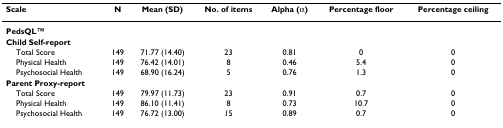
<table><thead><tr><td><b>Scale</b></td><td><b>N</b></td><td><b>Mean (SD)</b></td><td><b>No. of items</b></td><td><b>Alpha (α)</b></td><td><b>Percentage floor</b></td><td><b>Percentage ceiling</b></td></tr></thead><tbody><tr><td colspan="7"><b>PedsQLTM</b></td></tr><tr><td colspan="7"><b>Child Self-report</b></td></tr><tr><td> Total Score</td><td>149</td><td>71.77 (14.40)</td><td>23</td><td>0.81</td><td>0</td><td>0</td></tr><tr><td> Physical Health</td><td>149</td><td>76.42 (14.01)</td><td>8</td><td>0.46</td><td>5.4</td><td>0</td></tr><tr><td> Psychosocial Health</td><td>149</td><td>68.90 (16.24)</td><td>5</td><td>0.76</td><td>1.3</td><td>0</td></tr><tr><td colspan="7"><b>Parent Proxy-report</b></td></tr><tr><td> Total Score</td><td>149</td><td>79.97 (11.73)</td><td>23</td><td>0.91</td><td>0.7</td><td>0</td></tr><tr><td> Physical Health</td><td>149</td><td>86.10 (11.41)</td><td>8</td><td>0.73</td><td>10.7</td><td>0</td></tr><tr><td> Psychosocial Health</td><td>149</td><td>76.72 (13.00)</td><td>15</td><td>0.89</td><td>0.7</td><td>0</td></tr></tbody></table>